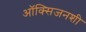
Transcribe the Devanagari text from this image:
ऑक्सिजनशी